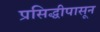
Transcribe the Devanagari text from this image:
प्रसिद्धीपासून